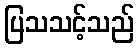
ပြသသင့်သည်